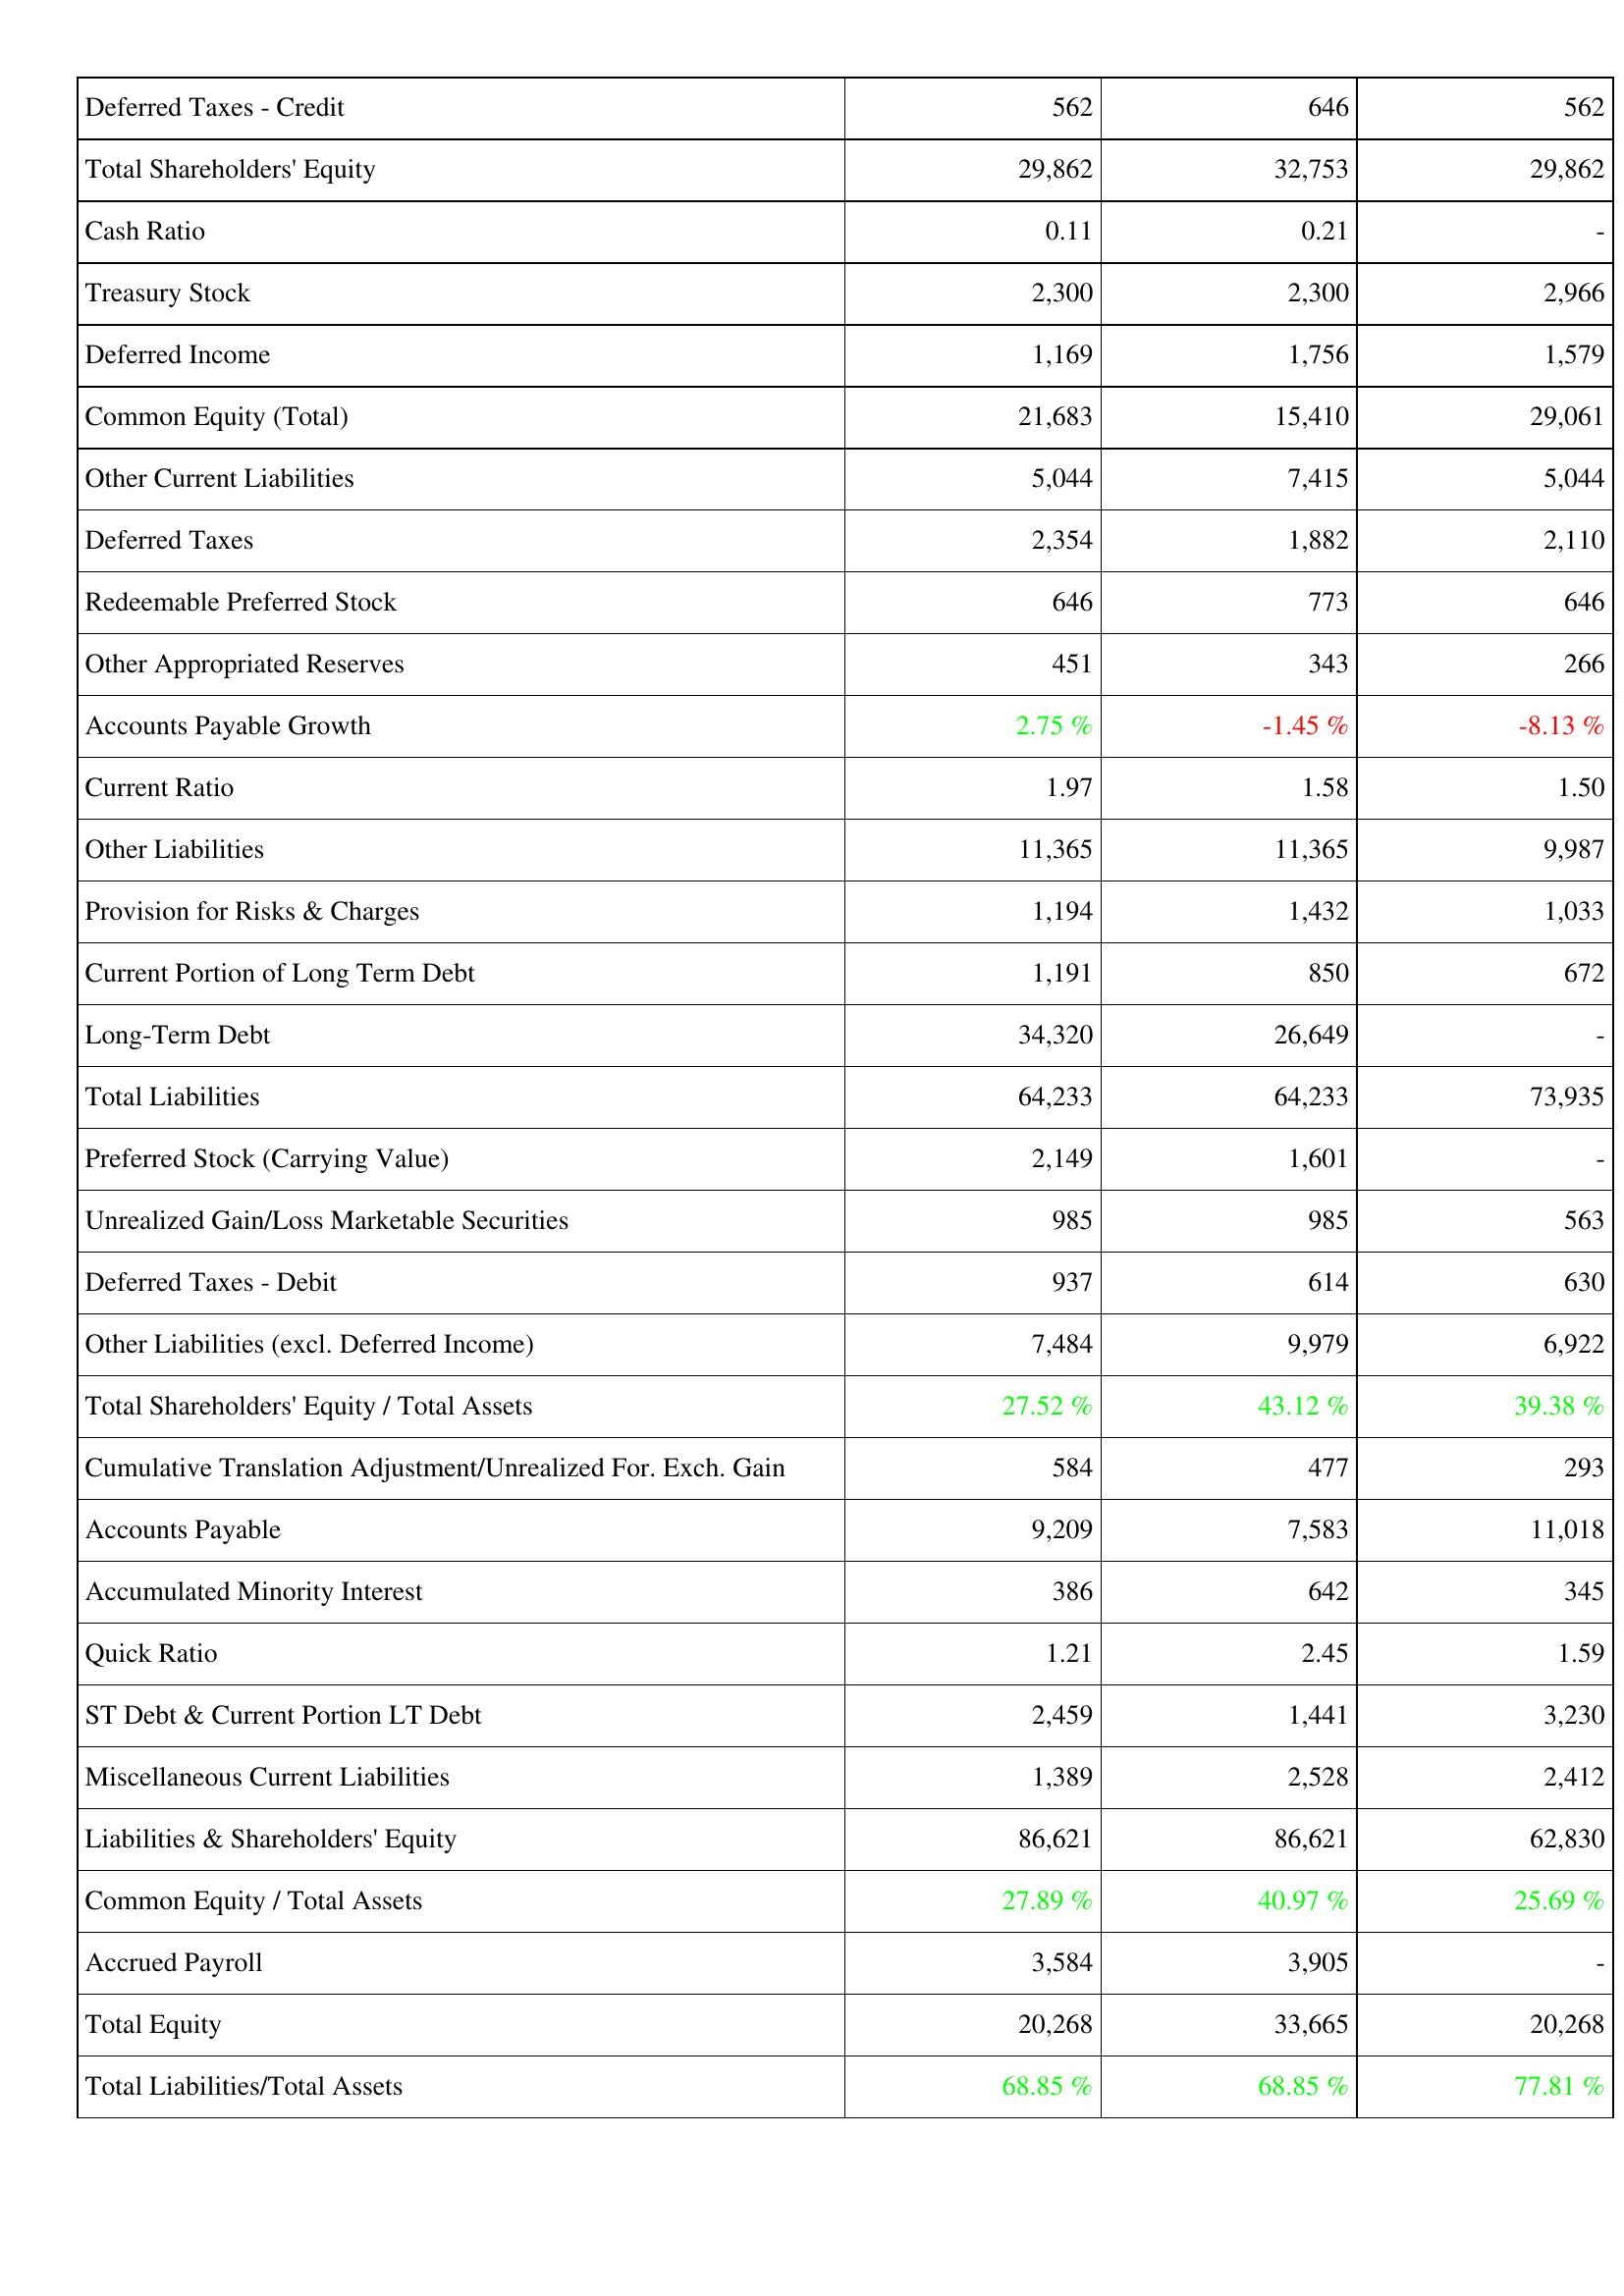
2005: Liabilities & Shareholders' Equity: Deferred Taxes - Credit: 562
Total Shareholders' Equity: 29,862
Cash Ratio: 0.11
Treasury Stock: 2,300
Deferred Income: 1,169
Common Equity (Total): 21,683
Other Current Liabilities: 5,044
Deferred Taxes: 2,354
Redeemable Preferred Stock: 646
Other Appropriated Reserves: 451
Accounts Payable Growth: 2.75 %
Current Ratio: 1.97
Other Liabilities: 11,365
Provision for Risks & Charges: 1,194
Current Portion of Long Term Debt: 1,191
Long-Term Debt: 34,320
Total Liabilities: 64,233
Preferred Stock (Carrying Value): 2,149
Unrealized Gain/Loss Marketable Securities: 985
Deferred Taxes - Debit: 937
Other Liabilities (excl. Deferred Income): 7,484
Total Shareholders' Equity / Total Assets: 27.52 %
Cumulative Translation Adjustment/Unrealized For. Exch. Gain: 584
Accounts Payable: 9,209
Accumulated Minority Interest: 386
Quick Ratio: 1.21
ST Debt & Current Portion LT Debt: 2,459
Miscellaneous Current Liabilities: 1,389
Liabilities & Shareholders' Equity: 86,621
Common Equity / Total Assets: 27.89 %
Accrued Payroll: 3,584
Total Equity: 20,268
Total Liabilities/Total Assets: 68.85 %
2006: Liabilities & Shareholders' Equity: Deferred Taxes - Credit: 646
Total Shareholders' Equity: 32,753
Cash Ratio: 0.21
Treasury Stock: 2,300
Deferred Income: 1,756
Common Equity (Total): 15,410
Other Current Liabilities: 7,415
Deferred Taxes: 1,882
Redeemable Preferred Stock: 773
Other Appropriated Reserves: 343
Accounts Payable Growth: -1.45 %
Current Ratio: 1.58
Other Liabilities: 11,365
Provision for Risks & Charges: 1,432
Current Portion of Long Term Debt: 850
Long-Term Debt: 26,649
Total Liabilities: 64,233
Preferred Stock (Carrying Value): 1,601
Unrealized Gain/Loss Marketable Securities: 985
Deferred Taxes - Debit: 614
Other Liabilities (excl. Deferred Income): 9,979
Total Shareholders' Equity / Total Assets: 43.12 %
Cumulative Translation Adjustment/Unrealized For. Exch. Gain: 477
Accounts Payable: 7,583
Accumulated Minority Interest: 642
Quick Ratio: 2.45
ST Debt & Current Portion LT Debt: 1,441
Miscellaneous Current Liabilities: 2,528
Liabilities & Shareholders' Equity: 86,621
Common Equity / Total Assets: 40.97 %
Accrued Payroll: 3,905
Total Equity: 33,665
Total Liabilities/Total Assets: 68.85 %
2007: Liabilities & Shareholders' Equity: Deferred Taxes - Credit: 562
Total Shareholders' Equity: 29,862
Cash Ratio: -
Treasury Stock: 2,966
Deferred Income: 1,579
Common Equity (Total): 29,061
Other Current Liabilities: 5,044
Deferred Taxes: 2,110
Redeemable Preferred Stock: 646
Other Appropriated Reserves: 266
Accounts Payable Growth: -8.13 %
Current Ratio: 1.50
Other Liabilities: 9,987
Provision for Risks & Charges: 1,033
Current Portion of Long Term Debt: 672
Long-Term Debt: -
Total Liabilities: 73,935
Preferred Stock (Carrying Value): -
Unrealized Gain/Loss Marketable Securities: 563
Deferred Taxes - Debit: 630
Other Liabilities (excl. Deferred Income): 6,922
Total Shareholders' Equity / Total Assets: 39.38 %
Cumulative Translation Adjustment/Unrealized For. Exch. Gain: 293
Accounts Payable: 11,018
Accumulated Minority Interest: 345
Quick Ratio: 1.59
ST Debt & Current Portion LT Debt: 3,230
Miscellaneous Current Liabilities: 2,412
Liabilities & Shareholders' Equity: 62,830
Common Equity / Total Assets: 25.69 %
Accrued Payroll: -
Total Equity: 20,268
Total Liabilities/Total Assets: 77.81 %